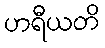
ဟရီယတိ